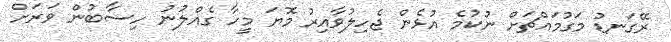
ރޭގަނޑު މަގުމައްޗަށް ނުކުމެ އުޅެން ޖެހިލުވާއިރު މޮޔަ މީހާ ގެއްލުނު ހިސާބުން ވަރަށް